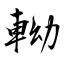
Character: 軪